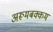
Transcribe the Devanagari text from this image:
अरूमबक्कम